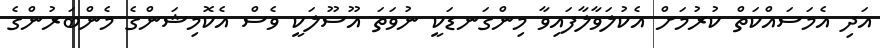
އަދި އެމަސައްކަތް ކުރުމަށް އެކުލަވާލާފައިވާ މިންގަނޑަކީ ނުވަތަ އޫސޫލަކީ ވެސް އެކޮމިޝަންގެ މެންބަރުންގެ